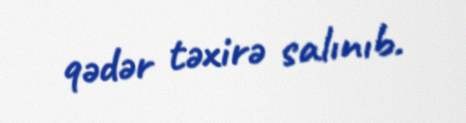
qədər təxirə salınıb.